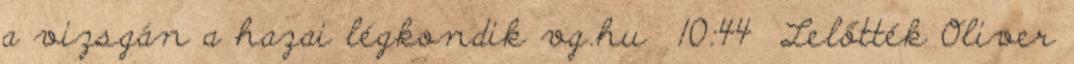
a vizsgán a hazai légkondik vg.hu 10:44 Lelőtték Oliver